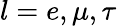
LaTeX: l=e,\mu,\tau